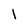
Character: l